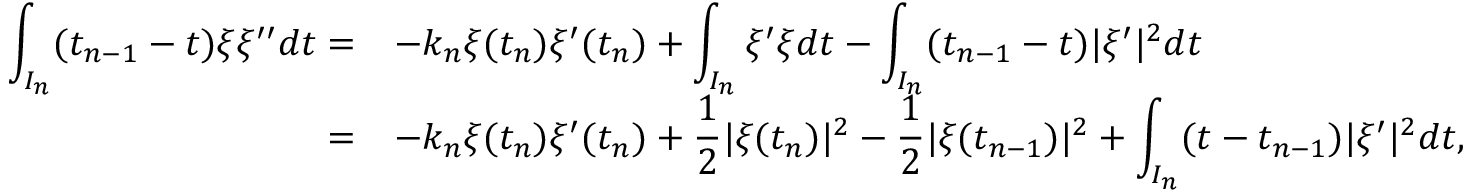
\begin{array} { r } { \begin{array} { r l } { \displaystyle \int _ { I _ { n } } ( t _ { n - 1 } - t ) \xi \xi ^ { \prime \prime } d t = } & { - k _ { n } \xi ( t _ { n } ) \xi ^ { \prime } ( t _ { n } ) + \displaystyle \int _ { I _ { n } } \xi ^ { \prime } \xi d t - \displaystyle \int _ { I _ { n } } ( t _ { n - 1 } - t ) | \xi ^ { \prime } | ^ { 2 } d t } \\ { = } & { - k _ { n } \xi ( t _ { n } ) \xi ^ { \prime } ( t _ { n } ) + \displaystyle \frac { 1 } { 2 } | \xi ( t _ { n } ) | ^ { 2 } - \displaystyle \frac { 1 } { 2 } | \xi ( t _ { n - 1 } ) | ^ { 2 } + \displaystyle \int _ { I _ { n } } ( t - t _ { n - 1 } ) | \xi ^ { \prime } | ^ { 2 } d t , } \end{array} } \end{array}